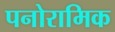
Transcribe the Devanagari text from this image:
पनोरामिक